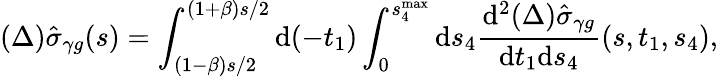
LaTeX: (\Delta)\hat{\sigma}_{\gamma g}(s)=\int_{(1-\beta)s/2}^{(1+\beta)s/2}\mathrm{d}(-t_{1})\int_{0}^{s_{4}^{\operatorname*{max}}}\mathrm{d}s_{4}\frac{\mathrm{d}^{2}(\Delta)\hat{\sigma}_{\gamma g}}{\mathrm{d}t_{1}\mathrm{d}s_{4}}(s,t_{1},s_{4}),